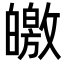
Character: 皦